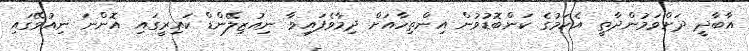
އާބާދީ ދަށްވަމުންދާތީ އެކަމުގެ ކަންބޮޑުވުން އިންތިހާއަށް ދިމާވެފައިވާ ނިއުޒިލޭންޑް ކައިރީގައި އޮންނަ ނިއުވޭގައި